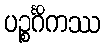
ပဉ္စင်္ဂိကဿ